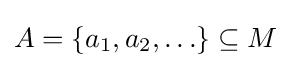
{\textstyle A=\{a_{1},a_{2},\ldots \}\subseteq M}